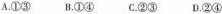
A.①③B.①④C.②③D.②④